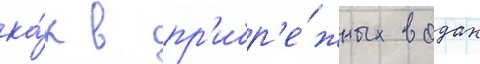
ка́к в пр'ибр'е́жных водах